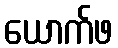
ယောက်ဖ